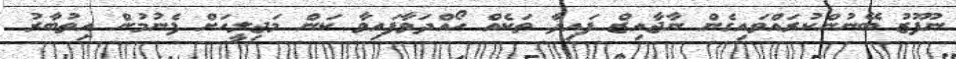
ނުފޫޒު ބޭނުންކުރައްވައިގެން ނާޖާއިޒް ފައިދާ ތަކެއް ހޯއްދަވާފައިވާ ކަން މަޖިލީހަށް ފެނުމުން އިތުބާރު